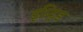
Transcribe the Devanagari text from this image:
इप्ट्रिड